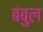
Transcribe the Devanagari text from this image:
बंबुल